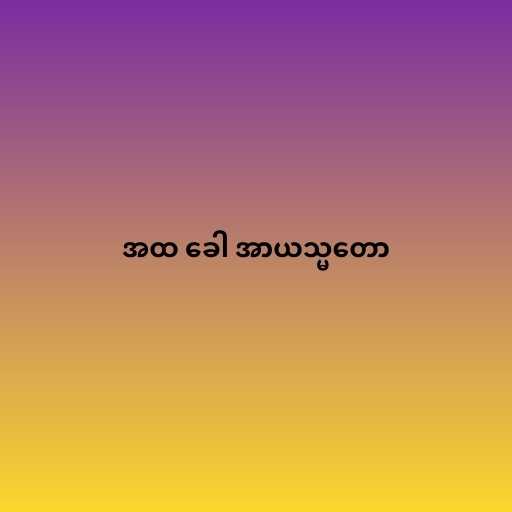
အထ ခေါ အာယသ္မတော